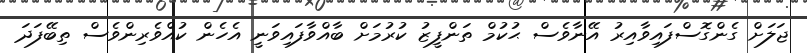
ޖަލަށް ގެންގޮސްފައިވާއިރު އޭނާވެސް ޙުކުމް ތަންފީޒު ކުރުމަށް ބާއްވާފައިވަނީ އެހެން ކުއްވެރިންވެސް ތިބޭފަދަ